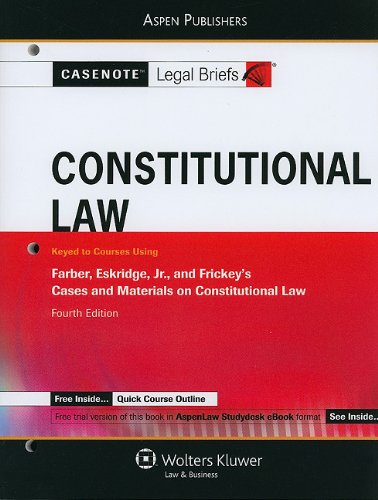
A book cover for Constitutional Law: Keyed to Farber, Eskridge and Frickey, 4e (Casenote Legal Briefs); Casenote Legal Briefs; Law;